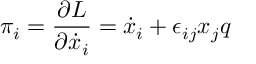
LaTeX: \pi _ { i } = \frac { \partial L } { \partial \dot { x } _ { i } } = \dot { x } _ { i } + \epsilon _ { i j } x _ { j } q